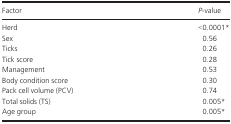
<table><thead><tr><td><b>Factor</b></td><td><b><i>P</i>‐value</b></td></tr></thead><tbody><tr><td>Herd</td><td>&lt;0.0001a</td></tr><tr><td>Sex</td><td>0.56</td></tr><tr><td>Ticks</td><td>0.26</td></tr><tr><td>Tick score</td><td>0.28</td></tr><tr><td>Management</td><td>0.53</td></tr><tr><td>Body condition score</td><td>0.30</td></tr><tr><td>Pack cell volume (PCV)</td><td>0.74</td></tr><tr><td>Total solids (TS)</td><td>0.005a</td></tr><tr><td>Age group</td><td>0.005a</td></tr></tbody></table>